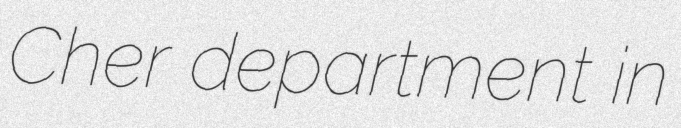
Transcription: Cher department in